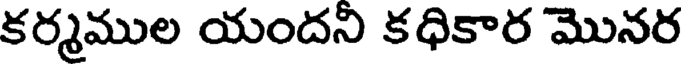
కర్మముల యందని కధికార మొనర